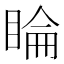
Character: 睔